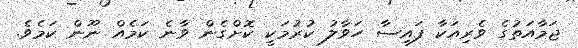
ޖަމާއަތުގެ ވެރިއަކާ ފައިސާ ހަވާލު ކުރުމަކީ ކޮށްގެން ވާނެ ކަމެއް ނޫން ކަމެވެ.